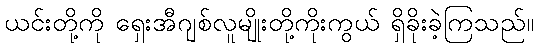
ယင်းတို့ကို ရှေးအီဂျစ်လူမျိုးတို့ကိုးကွယ် ရှိခိုးခဲ့ကြသည်။